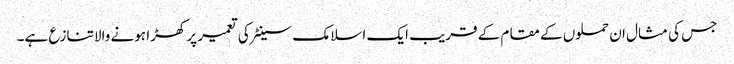
جس کی مثال ان حملوں کے مقام کے قریب ایک اسلامک سینٹر کی تعمیر پر کھڑا ہونے والا تنازع ہے۔